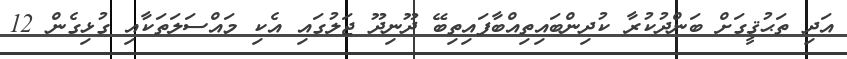
އަދި ތަޙުޤީގަށް ބަންދުކުރާ ކުދިންބައިތިއްބާފައިތިބޭ ދޫނިދޫ ޖަލުގައި އެކި މައްސަލަތަކާއި ގުޅިގެން 12